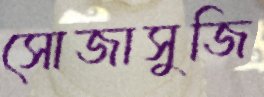
সোজাসুজি